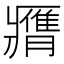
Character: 𦢖